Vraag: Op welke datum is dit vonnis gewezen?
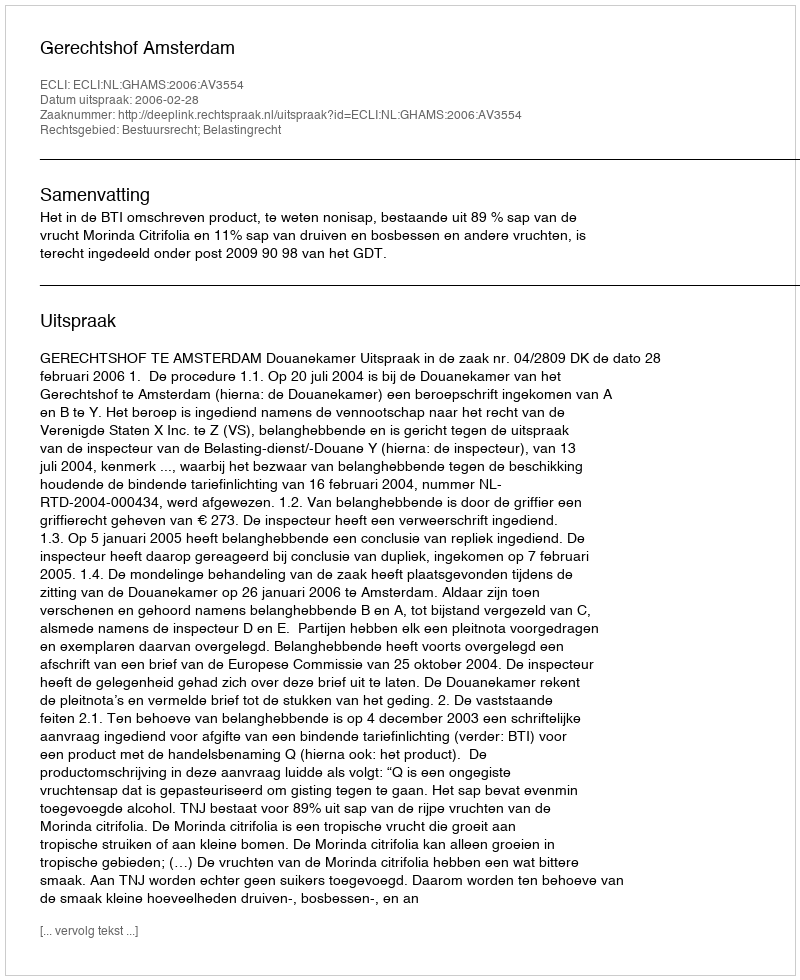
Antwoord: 2006-02-28